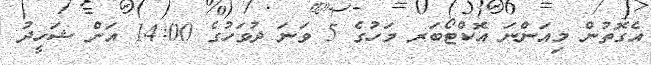
އެގޮތުން މިއަންނަ އޮކްޓޯބަރ މަހުގެ 5 ވަނަ ދުވަހުގެ 14:00 އަށް ޝަހީދު